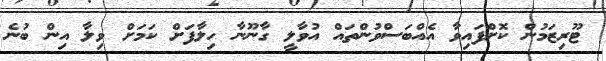
ޓޫރިޒަމުން ކޮށްފައިވާ އެއްބަސްވުންތައް އުވާލީ ގާނޫނާ ހިލާފަށް ކަމަށް ވިލާ އިން ބުނެ